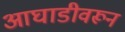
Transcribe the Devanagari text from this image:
आघाडीवरून